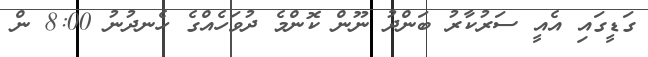
ގަޑީގައި އެއީ ސަރުކާރު ބަންދު ނޫން ކޮންމެ ދުވަހެއްގެ ހެނދުނު 8:00 ން